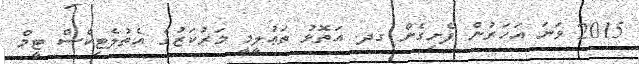
2015 ވަނަ އަހަރުން ފެށިގެން ގދ. އަތޮޅު ތަޢުލީމީ މަރުކަޒުގެ އެތުލެޓިކްސް ޓީމް